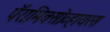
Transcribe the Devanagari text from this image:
पॅरामिक्सोव्हायरस